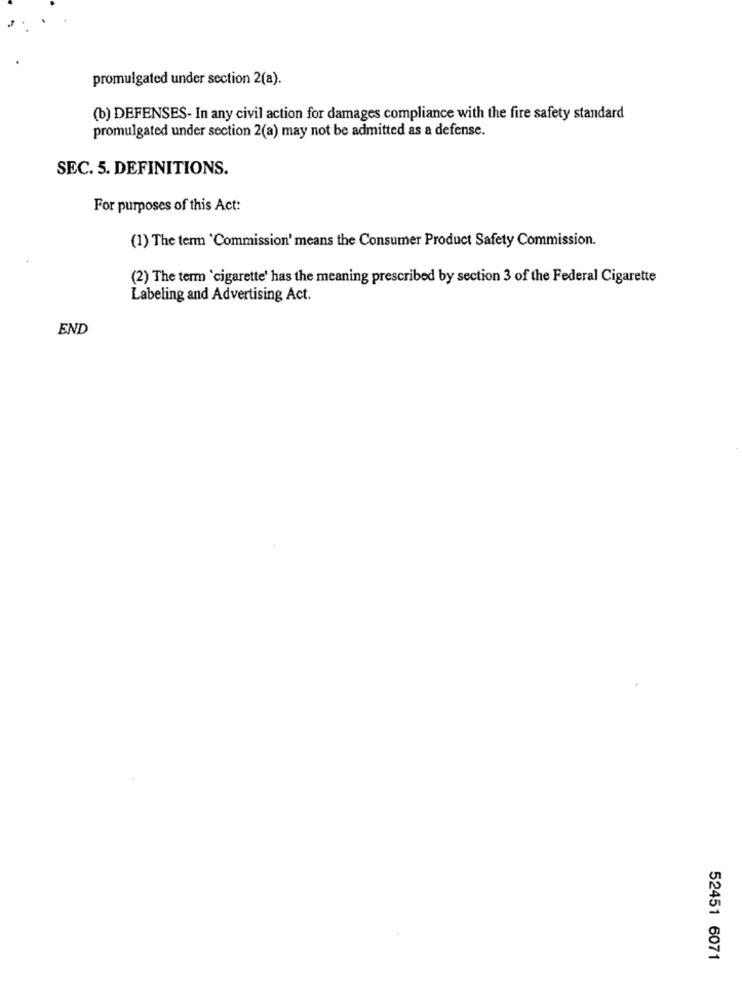
promulgated under section 2(a).
(b) DEFENSES- In any civil action for damages compliance with the fire safety standard
promulgated under section 2(a) may not be admitted as a defense.
SEC. 5. DEFINITIONS.
For purposes of this Act:
(1) The term 'Commission' means the Consumer Product Safety Commission.
(2) The term 'cigarette' has the meaning prescribed by section 3 of the Federal Cigarette
Labeling and Advertising Act.
END
52451 6071